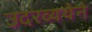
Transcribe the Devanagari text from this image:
उदरव्यथेने